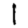
Digit: 1